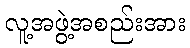
လူ့အဖွဲ့အစည်းအား